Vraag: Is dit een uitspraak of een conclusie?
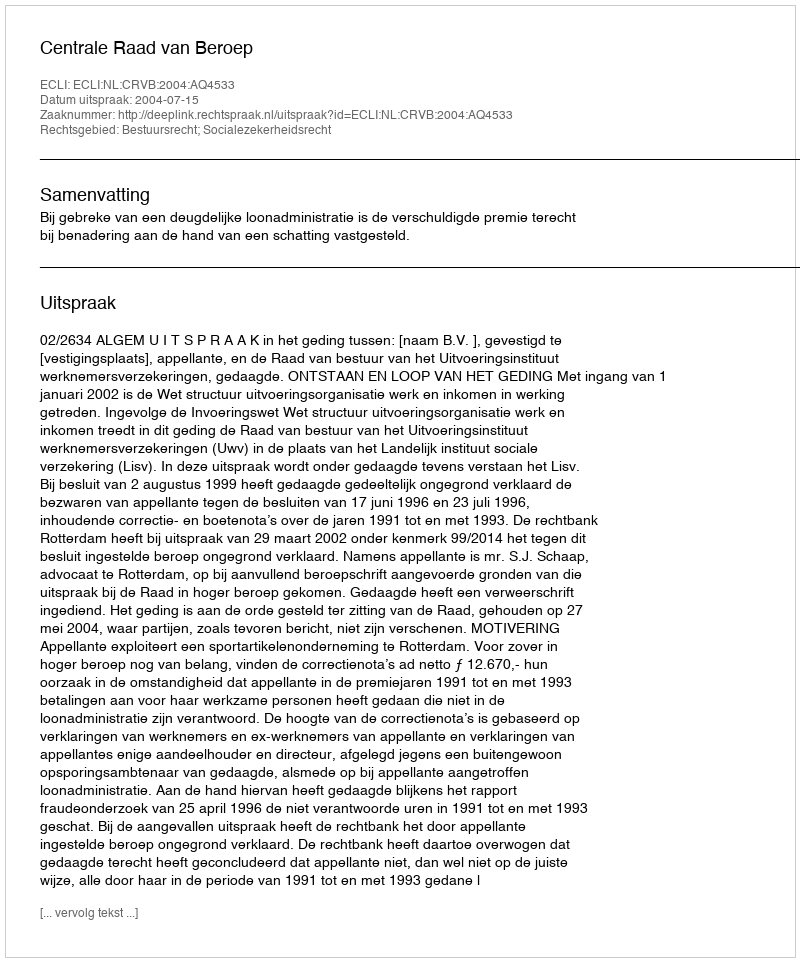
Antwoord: Uitspraak